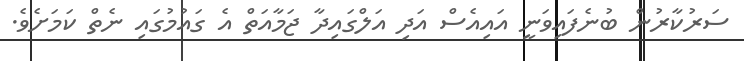
ސަރުކާރުން ބުނެފައިވަނީ އައިއެސް އަދި އަލްގައިދާ ޖަމާއަތް އެ ގައުމުގައި ނެތް ކަމަށެވެ.